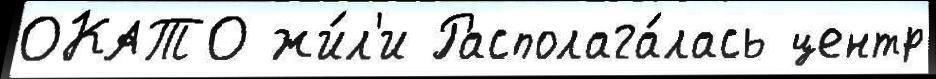
ОКАТО жи́л'и Располага́лась центр